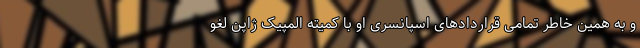
و به همین خاطر تمامی قراردادهای اسپانسری او با کمیته المپیک ژاپن لغو